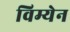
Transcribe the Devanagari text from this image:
विम्येन